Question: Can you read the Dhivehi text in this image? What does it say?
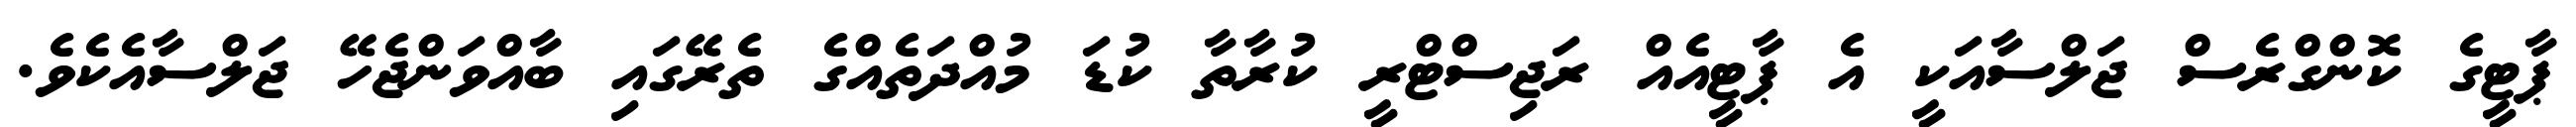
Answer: ޕާޓީގެ ކޮންގްރެސް ޖަލްސާއަކީ އެ ޕާޓީއެއް ރަޖިސްޓްރީ ކުރާތާ ކުޑަ މުއްދަތެއްގެ ތެރޭގައި ބާއްވަންޖެހޭ ޖަލްސާއެކެވެ.